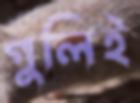
গুলিই